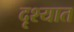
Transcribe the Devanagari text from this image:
दृश्यात